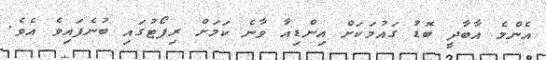
އެންމެ އާބާދީ ބޮޑު ގައުމަކަށް އިންޑިއާ ވާނެ ކަމަށް ރިޕޯޓުގައި ބުނެފައިވެ އެވެ.